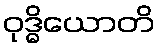
ဝုဒ္ဓိယောတိ